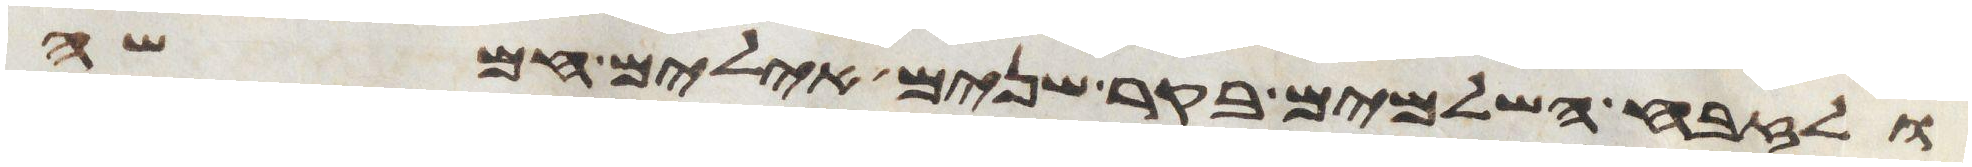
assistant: ולזבח השלמים בקר שנים אילים חמשה